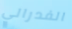
الفدرالي